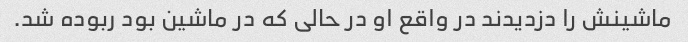
ماشینش را دزدیدند در واقع او در حالی که در ماشین بود ربوده شد.